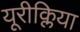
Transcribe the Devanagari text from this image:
यूरीक्लिया